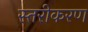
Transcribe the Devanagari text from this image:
स्‍तरीकरण